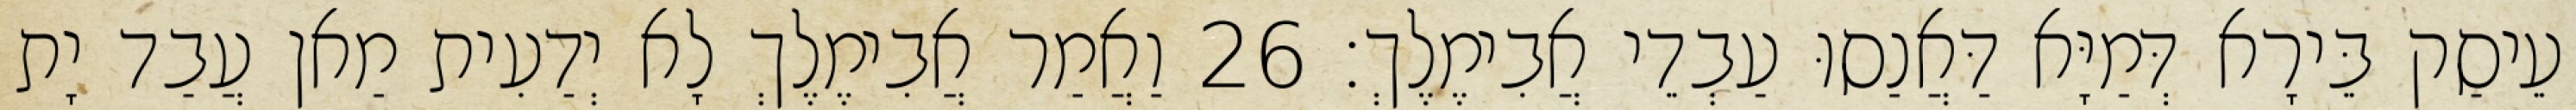
עֵיסַק בֵּירָא דְּמַיָּא דַּאֲנַסוּ עַבְדֵי אֲבִימֶלֶךְ׃ 26 וַאֲמַר אֲבִימֶלֶךְ לָא יְדַעִית מַאן עֲבַד יָת